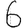
Digit: 6